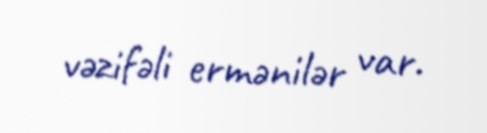
vəzifəli ermənilər var.